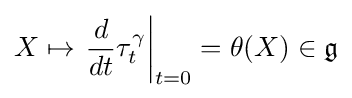
X\mapsto \left.{\frac {d}{dt}}\tau _{t}^{\gamma }\right|_{t=0}=\theta (X)\in {\mathfrak {g}}